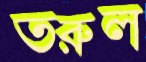
তরুল